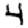
Digit: 4